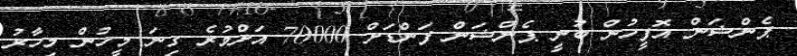
ޕެންޝަން އޮފީހުން ބުނީ ޕެންޝަން ފަންޑަށް 70000 އަށްވުރެ ގިނަ މީހުން މިހާރު